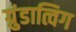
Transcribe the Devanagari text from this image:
ग्रुंडात्विग